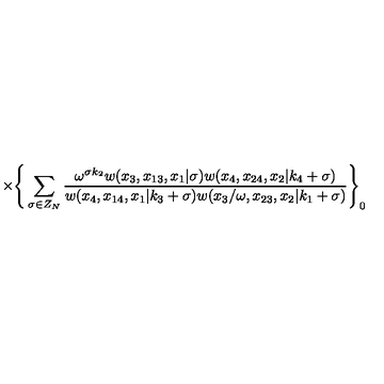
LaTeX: \times \Bigg \{ \sum _ { \sigma \in Z _ { N } } \frac { \omega ^ { \sigma k _ { 2 } } w ( x _ { 3 } , x _ { 1 3 } , x _ { 1 } | \sigma ) w ( x _ { 4 } , x _ { 2 4 } , x _ { 2 } | k _ { 4 } + \sigma ) } { w ( x _ { 4 } , x _ { 1 4 } , x _ { 1 } | k _ { 3 } + \sigma ) w ( x _ { 3 } / \omega , x _ { 2 3 } , x _ { 2 } | k _ { 1 } + \sigma ) } \Bigg \} _ { 0 }